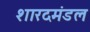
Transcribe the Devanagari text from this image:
शारदमंडल